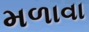
મળાવા